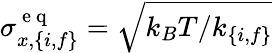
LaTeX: \sigma_{x,\{ i,f\} }^{\mathrm{~e~q~}}=\sqrt{k_{B}T/k_{\{ i,f\} }}